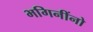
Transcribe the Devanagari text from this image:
भगिनींनो